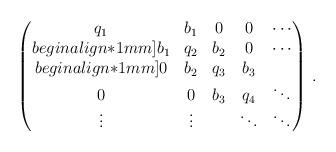
LaTeX: \begin{align*} \begin{pmatrix} q_1 & b_1 & 0 & 0 & \cdots\\begin{align*}1mm] b_1 & q_2 & b_2 & 0 & \cdots \\begin{align*}1mm] 0 & b_2 & q_3 &b_3 & \\0 & 0 & b_3 & q_4 & \ddots\\ \vdots & \vdots & & \ddots& \ddots \end{pmatrix}\,.\end{align*}